Indian journal of veterinary science and animal husbandry - Volume 11,
Year: 1941
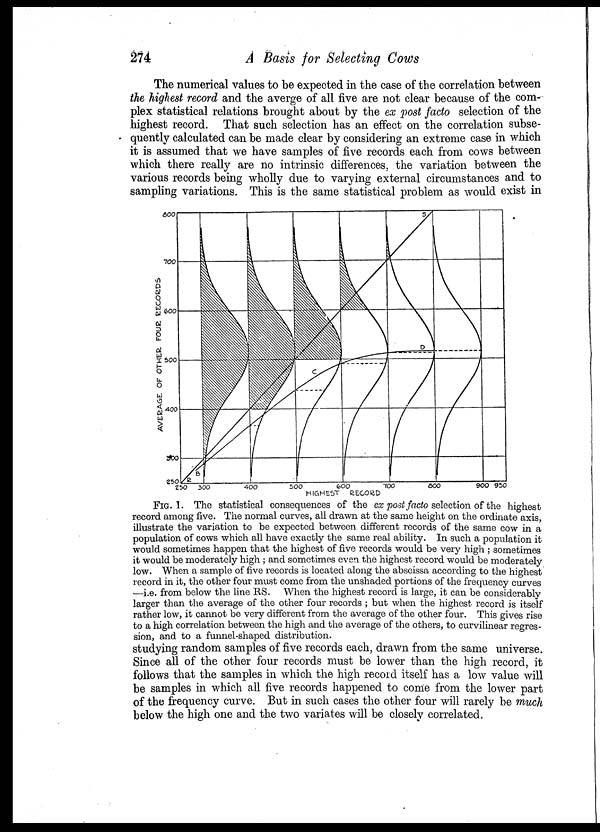
274
A Basis for Selecting Cows
The numerical values to be expected in the case of the correlation between
the highest record and the averge of all five are not clear because of the com-
plex statistical relations brought about by the ex post facto selection of the
highest record. That such selection has an effect on the correlation subse-
quently calculated can be made clear by considering an extreme case in which
it is assumed that we have samples of five records each from cows between
which there really are no intrinsic differences, the variation between the
various records being wholly due to varying external circumstances and to
sampling variations. This is the same statistical problem as would exist in
FIG. 1. The statistical consequences of the ex post facto selection of the highest
record among five. The normal curves, all drawn at the same height on the ordinate axis,
illustrate the variation to be expected between different records of the same cow in a
population of cows which all have exactly the same real ability. In such a population it
would sometimes happen that the highest of five records would be very high ; sometimes
it would be moderately high ; and sometimes even the highest record would be moderately
low. When a sample of five records is located along the abscissa according to the highest
record in it, the other four must come from the unshaded portions of the frequency curves
—i.e. from below the line RS. When the highest record is large, it can be considerably
larger than the average of the other four records ; but when the highest record is itself
rather low, it cannot be very different from the average of the other four. This gives rise
to a high correlation between the high and the average of the others, to curvilinear regres-
sion, and to a funnel-shaped distribution.
studying random samples of five records each, drawn from the same universe.
Since all of the other four records must be lower than the high record, it
follows that the samples in which the high record itself has a low value will
be samples in which all five records happened to come from the lower part
of the frequency curve. But in such cases the other four will rarely be much
below the high one and the two variates will be closely correlated.